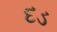
દડ